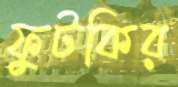
ফুটকির